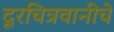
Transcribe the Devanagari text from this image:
दूरचित्रवानीचे